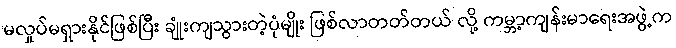
မလှုပ်မရှားနိုင်ဖြစ်ပြီး ချုံးကျသွားတဲ့ပုံမျိုး ဖြစ်လာတတ်တယ် လို့ ကမ္ဘာ့ကျန်းမာရေးအဖွဲ့က